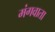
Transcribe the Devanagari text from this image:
मंगवाता